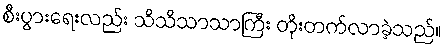
စီးပွားရေးလည်း သိသိသာသာကြီး တိုးတက်လာခဲ့သည်။